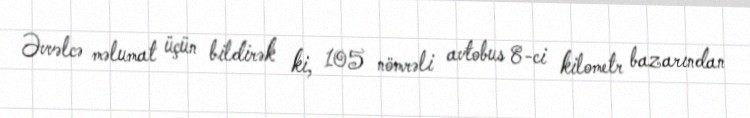
Əvvəlcə məlumat üçün bildirək ki, 105 nömrəli avtobus 8-ci kilometr bazarından